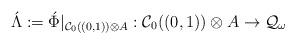
LaTeX: \begin{align*}\acute{\Lambda}:= \acute{\Phi}|_{\mathcal{C}_{0}((0,1)) \otimes A}: \mathcal{C}_{0}((0,1)) \otimes A \to \mathcal{Q}_{\omega}\end{align*}